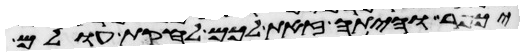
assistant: יכפר והיתה זאת לכם לחקות עולם